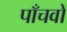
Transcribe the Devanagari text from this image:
पाँचवों